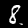
Digit: 8